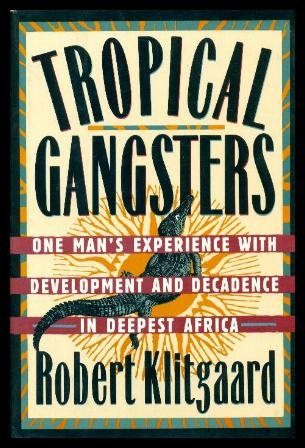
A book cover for Tropical Gangsters: One Man's Experience with Development and Decadence in Deepest Africa; Robert Klitgaard; Travel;